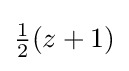
{\begin{matrix}{\frac {1}{2}}\end{matrix}}(z+1)